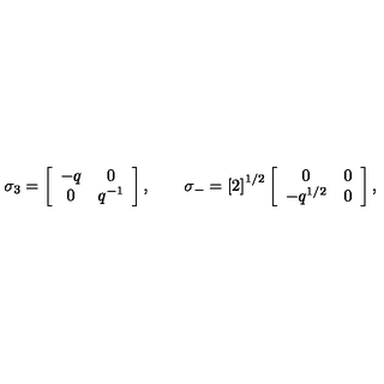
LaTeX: \sigma _ { 3 } = \left[ \begin{array} { c c } { - q } & { 0 } \\ { 0 } & { q ^ { - 1 } } \\ \end{array} \right] , \qquad \sigma _ { - } = \left[ 2 \right] ^ { 1 / 2 } \left[ \begin{array} { c c } { 0 } & { 0 } \\ { - q ^ { 1 / 2 } } & { 0 } \\ \end{array} \right] ,